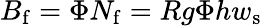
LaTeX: B_{\mathrm{f}}=\Phi N_{\mathrm{f}}=Rg\Phi hw_{\mathrm{s}}